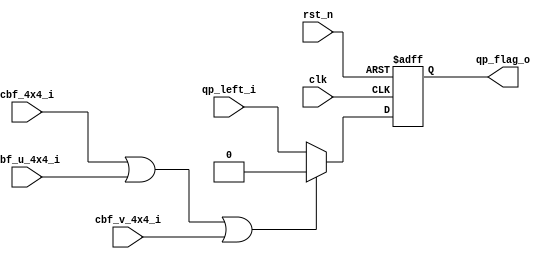
//-------------------------------------------------------------------
//                                                                 
//  COPYRIGHT (C) 2011, VIPcore Group, Fudan University
//                                                                  
//  THIS FILE MAY NOT BE MODIFIED OR REDISTRIBUTED WITHOUT THE      
//  EXPRESSED WRITTEN CONSENT OF VIPcore Group
//                                                                  
//  VIPcore       : http://soc.fudan.edu.cn/vip    
//  IP Owner 	  : Yibo FAN
//  Contact       : fanyibo@fudan.edu.cn             
//-------------------------------------------------------------------
// Creatu_ved     : 2014-04-18
// Description    : modified the 8x8 cu qp  of the current cu  
//					qp_flag_o = 1 means the qp of the current cu should be modified    
//------------------------------------------------------------------------------------------------
module db_qp(
				clk					,
				rst_n				,
				cbf_4x4_i			,
				cbf_u_4x4_i			,
				cbf_v_4x4_i			,
				qp_left_i			,
				
				qp_flag_o		
);
// *************************************************************************************************
//                                             
//    INPUT / OUTPUT DECLARATION               
//                                             
// *************************************************************************************************
input 				clk						;
input				rst_n					;
input				cbf_4x4_i			    ;
input				cbf_u_4x4_i			    ;
input				cbf_v_4x4_i			    ;
input               qp_left_i				;//indicate the left 4x4 cu qp is modified or not

output				qp_flag_o				;

reg   			 	qp_flag_o				; 
//---------------------------------------------------------------------------------------------------
wire  modified_flag   = !(cbf_4x4_i  ||cbf_u_4x4_i  ||cbf_v_4x4_i  );//4x4

always@(posedge clk or negedge rst_n) begin
	if(!rst_n)
		qp_flag_o		<=	1'b0		;	
	else if(modified_flag)//all coeffs  = 0
		qp_flag_o		<=	qp_left_i	;//qp_flag=1:qp need to be modified 
	else 
		qp_flag_o		<=	1'b0		;
	
end

endmodule